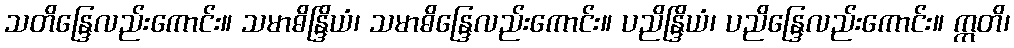
သတိန္ဒြေလည်းကောင်း။ သမာဓိန္ဒြိယံ၊ သမာဓိန္ဒြေလည်းကောင်း။ ပညိန္ဒြိယံ၊ ပညိန္ဒြေလည်းကောင်း။ ဣတိ၊